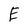
Character: E